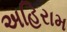
અહિરામ